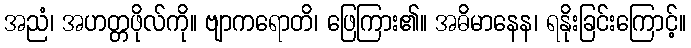
အညံ၊ အဟတ္တဖိုလ်ကို။ ဗျာကရောတိ၊ ဖြေကြား၏။ အဓိမာနေန၊ ရနိုးခြင်းကြောင့်။